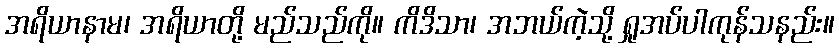
အရိယာနာမ၊ အရိယာတို့ မည်သည်ကို။ ကိဒိသာ၊ အဘယ်ကဲ့သို့ ရှုအပ်ပါကုန်သနည်း။